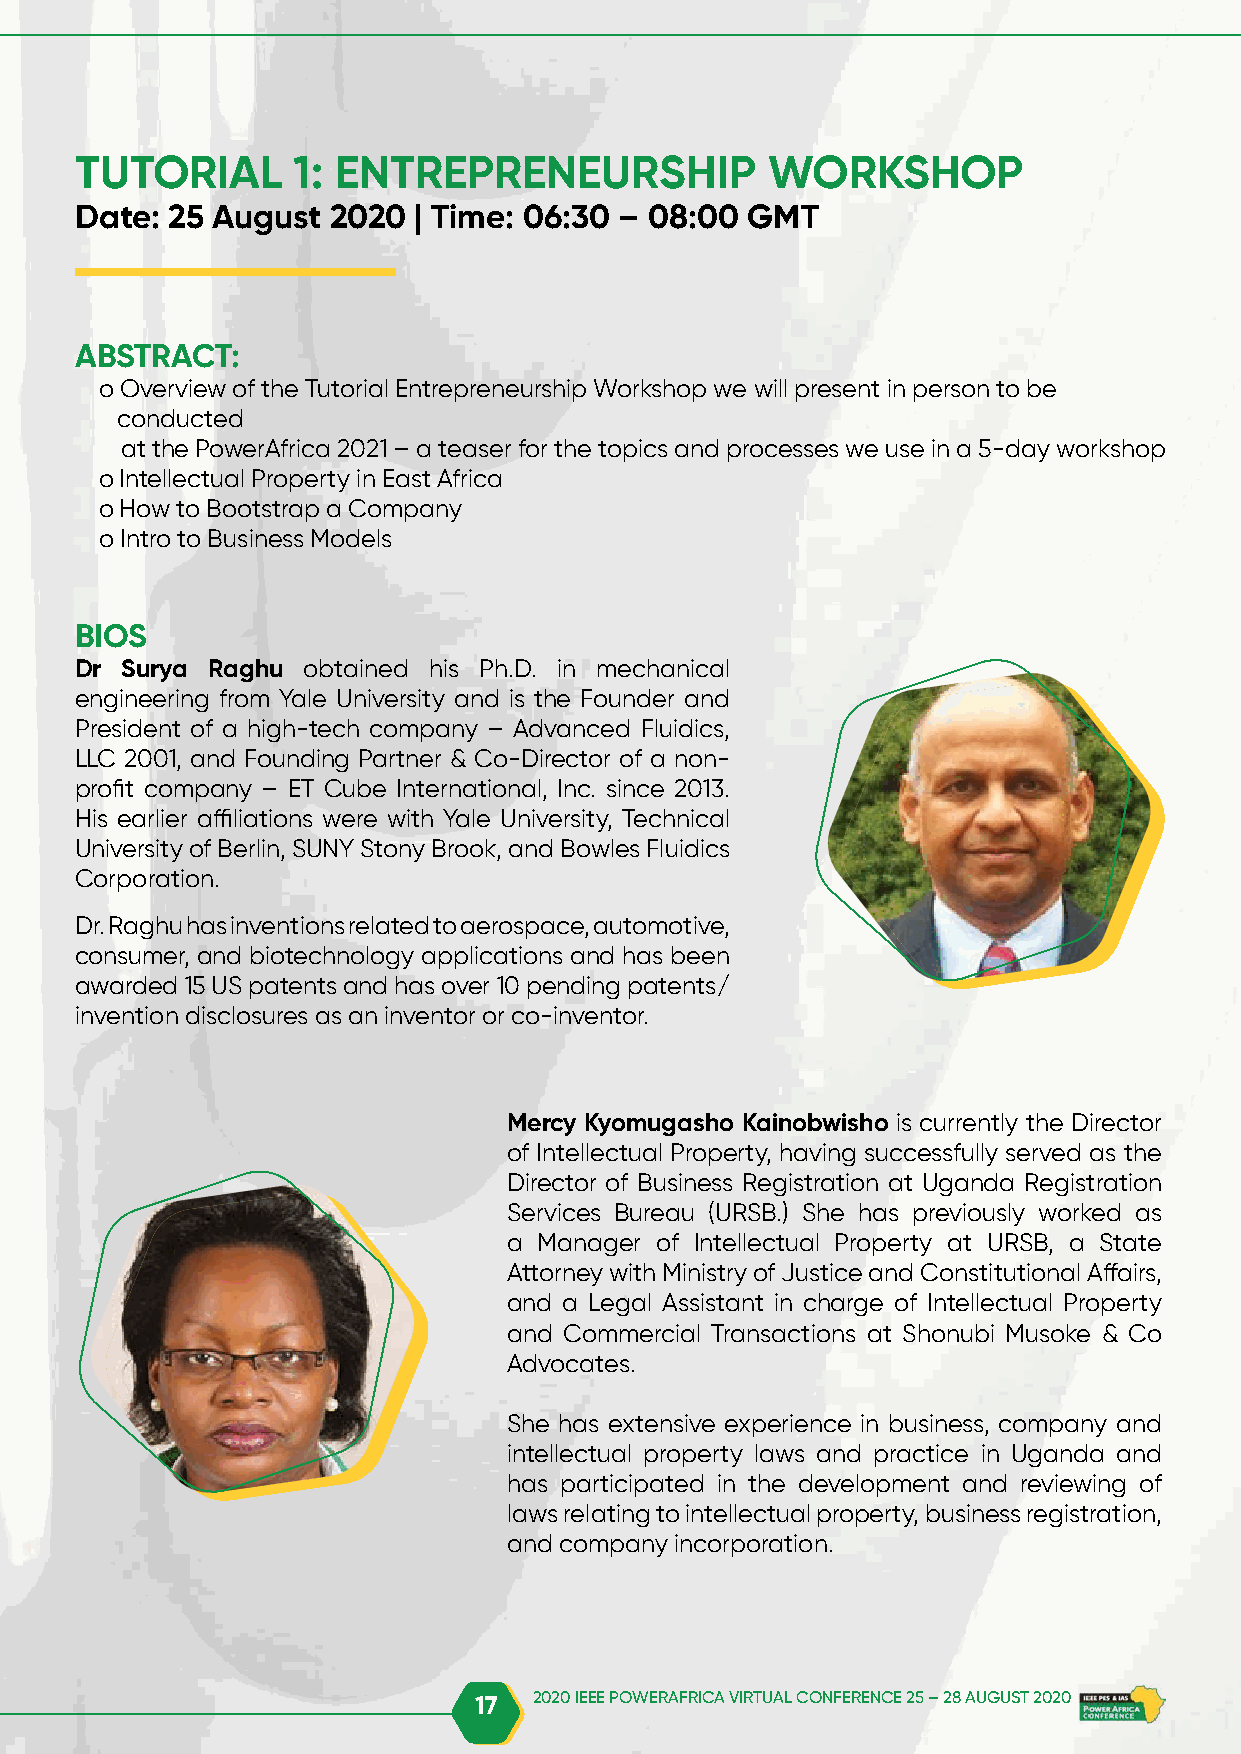
TUTORIAL      1: ENTREPRENEURSHIP             WORKSHOP
 Date: 25 August  2020 | Time: 06:30 – 08:00 GMT
 ABSTRACT:
 o Overview of the Tutorial Entrepreneurship Workshop we will present in person to be
 conducted
 at the PowerAfrica 2021 – a teaser for the topics and processes we use in a 5-day workshop
 o Intellectual Property in East Africa
 o How to Bootstrap a Company
 o Intro to Business Models
 BIOS
 Dr Surya Raghu obtained his Ph.D. in mechanical
 engineering from Yale University and is the Founder and
 President of a high-tech company – Advanced Fluidics,
 LLC 2001, and Founding Partner & Co-Director of a non-
 profit company – ET Cube International, Inc. since 2013.
 His earlier affiliations were with Yale University, Technical
 University of Berlin, SUNY Stony Brook, and Bowles Fluidics
 Corporation.
 Dr. Raghu has inventions related to aerospace, automotive,
 consumer, and biotechnology applications and has been
 awarded 15 US patents and has over 10 pending patents/
 invention disclosures as an inventor or co-inventor.
 Mercy Kyomugasho Kainobwisho is currently the Director
 of Intellectual Property, having successfully served as the
 Director of Business Registration at Uganda Registration
 Services Bureau (URSB.) She has previously worked as
 a Manager of Intellectual Property at URSB, a State
 Attorney with Ministry of Justice and Constitutional Affairs,
 and a Legal Assistant in charge of Intellectual Property
 and Commercial Transactions at Shonubi Musoke & Co
 Advocates.
 She has extensive experience in business, company and
 intellectual property laws and practice in Uganda and
 has participated in the development and reviewing of
 laws relating to intellectual property, business registration,
 and company incorporation.
 17  2020 IEEE POWERAFRICA VIRTUAL CONFERENCE 25 – 28 AUGUST 2020